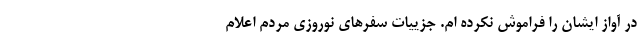
در آواز ایشان را فراموش نکرده ام. جزییات سفرهای نوروزی مردم اعلام